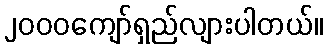
၂၀၀၀ကျော်ရှည်လျားပါတယ်။